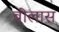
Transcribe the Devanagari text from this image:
बीलास